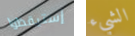
إستيقظوا الشيء